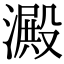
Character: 澱